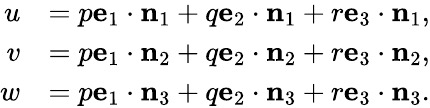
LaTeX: {\begin{array}{rl}{u}&{=p\mathbf{e}_{1}\cdot\mathbf{n}_{1}+q\mathbf{e}_{2}\cdot\mathbf{n}_{1}+r\mathbf{e}_{3}\cdot\mathbf{n}_{1},}\\ {v}&{=p\mathbf{e}_{1}\cdot\mathbf{n}_{2}+q\mathbf{e}_{2}\cdot\mathbf{n}_{2}+r\mathbf{e}_{3}\cdot\mathbf{n}_{2},}\\ {w}&{=p\mathbf{e}_{1}\cdot\mathbf{n}_{3}+q\mathbf{e}_{2}\cdot\mathbf{n}_{3}+r\mathbf{e}_{3}\cdot\mathbf{n}_{3}.}\end{array}}